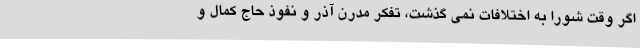
اگر وقت شورا به اختلافات نمی گذشت، تفکر مدرن آذر و نفوذ حاج کمال و